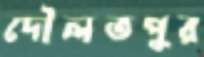
দৌলতপুর